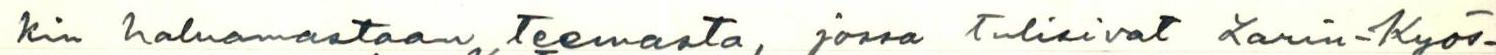
kin haluamastaan teemasta, jossa tulisivat Larin-Kyös-